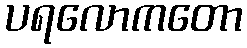
ပရလောကတော